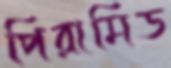
পিরামিড